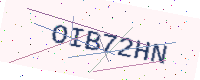
Text: OIB72HN